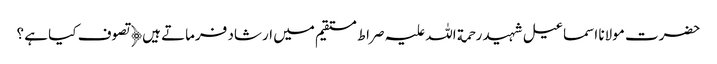
حضرت مولانا اسماعیل شہید رحمة اللہ علیہ صراط مستقیم میں ارشاد فرماتے ہیں﴿ تصوف کیا ہے ؟